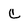
Character: C